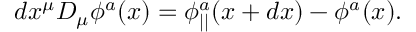
d x ^ { \mu } D _ { \mu } \phi ^ { a } ( x ) = \phi _ { | | } ^ { a } ( x + d x ) - \phi ^ { a } ( x ) .